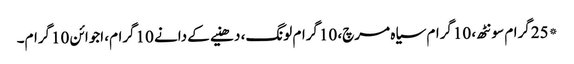
*25گرام سونٹھ، 10گرام سیاہ مرچ، 10گرام لونگ، دھنیے کے دانے 10گرام، اجوائن 10گرام۔